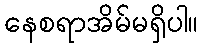
နေစရာအိမ်မရှိပါ။